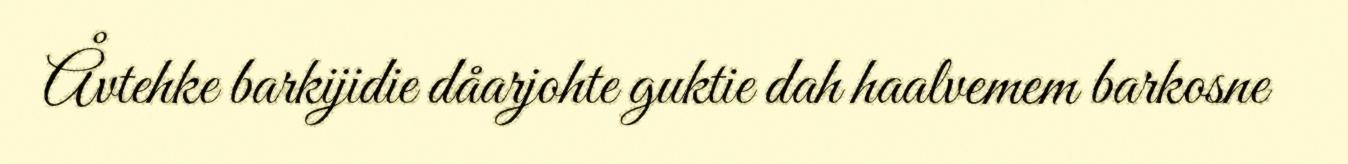
Åvtehke barkijidie dåarjohte guktie dah haalvemem barkosne